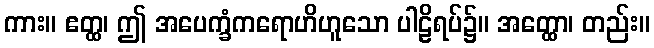
ကား။ ဧတ္ထ၊ ဤ အပေက္ခံကရောဟိဟူသော ပါဠိရပ်၌။ အတ္ထော၊ တည်း။